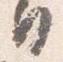
日